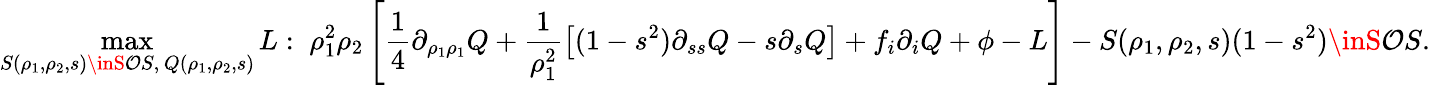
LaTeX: \operatorname*{max}_{S(\rho_{1},\rho_{2},s)\inS\mathcal{O}S,\, Q(\rho_{1},\rho_{2},s)}L:\; \rho_{1}^{2}\rho_{2}\left[\frac{{1}}{{4}}\partial_{\rho_{1}\rho_{1}}Q+\frac{{1}}{{\rho_{1}^{2}}}\left[(1-s^{2})\partial_{ss}Q-s\partial_{s}Q\right]+f_{i}\partial_{i}Q+\phi-L\right]-S(\rho_{1},\rho_{2},s)(1-s^{2})\inS\mathcal{O}S.